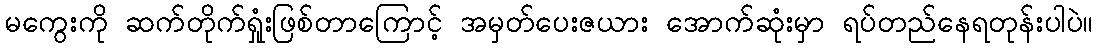
မကွေးကို ဆက်တိုက်ရှုံးဖြစ်တာကြောင့် အမှတ်ပေးဇယား အောက်ဆုံးမှာ ရပ်တည်နေရတုန်းပါပဲ။